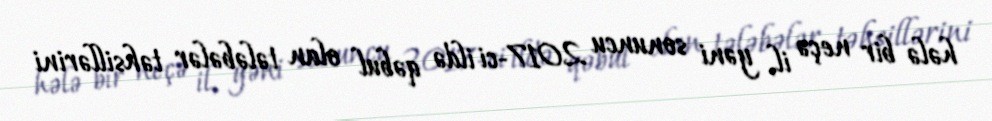
hələ bir neçə il, yəni sonuncu 2017-ci ildə qəbul olan tələbələr təhsillərini